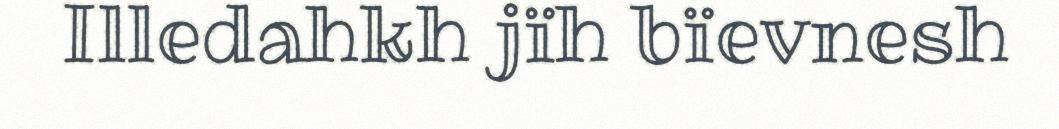
Illedahkh jïh bïevnesh